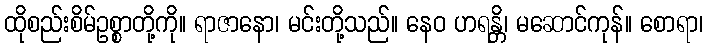
ထိုစည်းစိမ်ဥစ္စာတို့ကို။ ရာဇာနော၊ မင်းတို့သည်။ နေဝ ဟရန္တိ၊ မဆောင်ကုန်။ စောရာ၊